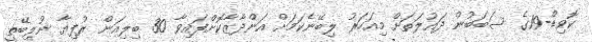
ކޮވިޑް-19ގެ ސަބަބުން ދައުލަތަށް މިއަހަރު ލިބޭނެކަމަށް އަންދާޒާކޮށްފައިވާ 30 ބިލިއަން ރުފިޔާ ނުލިބޭތީ